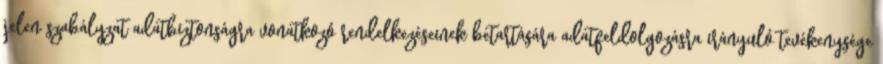
jelen szabályzat adatbiztonságra vonatkozó rendelkezéseinek betartására adatfeldolgozásra irányuló tevékenysége